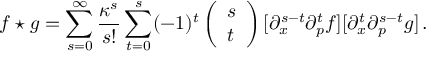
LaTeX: f \star g = \sum _ { s = 0 } ^ { \infty } \frac { \kappa ^ { s } } { s ! } \sum _ { t = 0 } ^ { s } ( - 1 ) ^ { t } \left( \begin{array} { l } { { s } } \\ { { t } } \end{array} \right) [ \partial _ { x } ^ { s - t } \partial _ { p } ^ { t } f ] [ \partial _ { x } ^ { t } \partial _ { p } ^ { s - t } g ] \, .